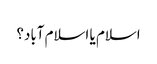
اسلام یا اسلام آباد؟